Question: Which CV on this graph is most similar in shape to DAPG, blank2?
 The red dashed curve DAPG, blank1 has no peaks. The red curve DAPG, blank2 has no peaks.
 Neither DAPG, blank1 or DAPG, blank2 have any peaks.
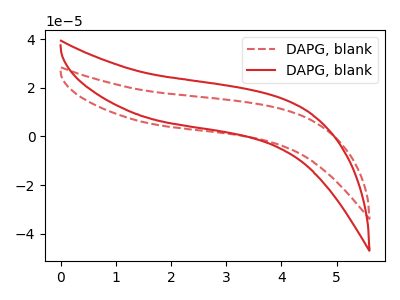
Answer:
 <answer>The CV with the most similar shape to "DAPG, blank1" is "DAPG, blank2".</answer>
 <eval>"DAPG, blank2"</eval>